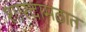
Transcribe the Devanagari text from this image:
शारदामठात